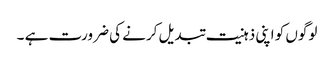
لوگوں کو اپنی ذہنیت تبدیل کرنے کی ضرورت ہے ۔